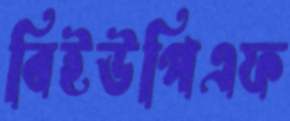
বিইউপিএফ